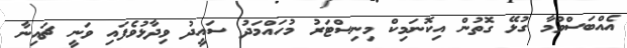
އެއްބަސްވުމާ ގުޅޭ ގޮތުން އިކޮނަމިކް މިނިސްޓަރު މުހައްމަދު ސައީދު ވިދާޅުވެފައި ވަނީ ޗައިނާ